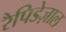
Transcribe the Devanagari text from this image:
रैपिडेज़ाल